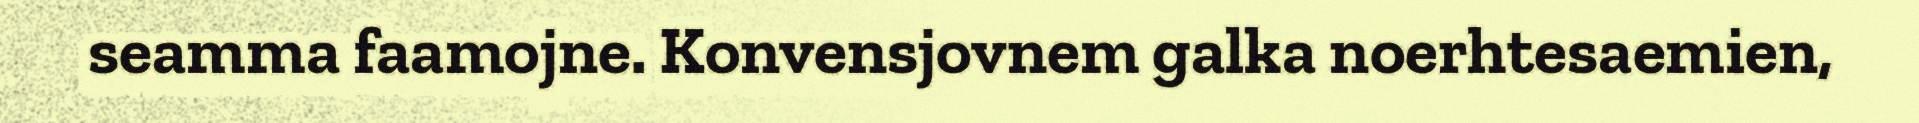
seamma faamojne. Konvensjovnem galka noerhtesaemien,